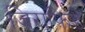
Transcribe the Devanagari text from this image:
जिराफ़िडे